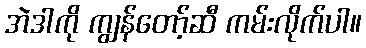
အဲဒါကို ကျွန်တော့်ဆီ ကမ်းလိုက်ပါ။